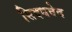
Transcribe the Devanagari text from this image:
सिदधवेद